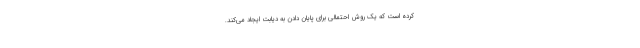
کرده است که یک روش احتمالی برای پایان دادن به دیابت ایجاد می‌کند.